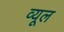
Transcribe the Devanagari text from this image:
व्यूल